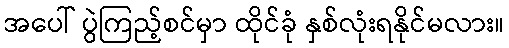
အပေါ် ပွဲကြည့်စင်မှာ ထိုင်ခုံ နှစ်လုံးရနိုင်မလား။